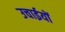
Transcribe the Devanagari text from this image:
उचाईयों